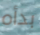
بدأه